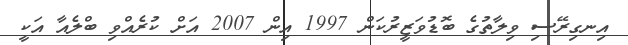
އިނގިރޭސި ވިލާތުގެ ބޮޑުވަޒީރުކަން 1997 އިން 2007 އަށް ކުރެއްވި ބްލެއާ އަކީ